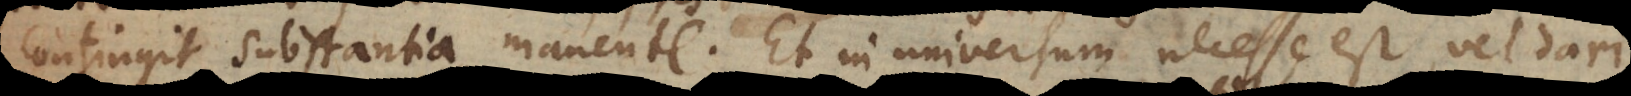
contingit, substantia manente. Et in universum necesse est vel dari